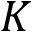
K